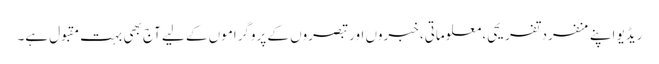
ریڈیو اپنے منفرد تفریحی، معلوماتی، خبروں اور تبصروں کے پروگراموں کے لیے آج بھی بہت مقبول ہے۔